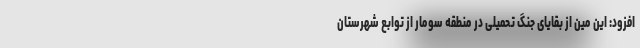
افزود: این مین از بقایای جنگ تحمیلی در منطقه سومار از توابع شهرستان